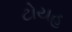
ટોયહ